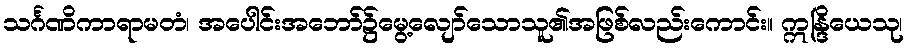
သင်္ဂဏိကာရာမတံ၊ အပေါင်းအဘော်၌မွေ့လျော်သောသူ၏အဖြစ်လည်းကောင်း။ ဣန္ဒြိယေသု၊